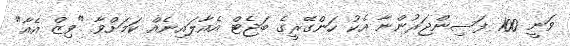
ވަނީ 100 ފަސިންޖަރުންނާ އެކު ހަންގޭރީގެ ބަޖެޓް އެއާލައިނެއް ކަމަށްވާ "ވިޒް އެއާ"